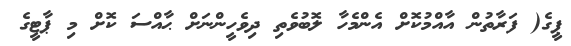
ޕީގެ( ފަރާތުން އާއްމުކޮށް އެންމެހާ ލޮބުވެތި ދިވެހީންނަށް ޙާއްސަ ކޮށް މި ޕާޓީގެ